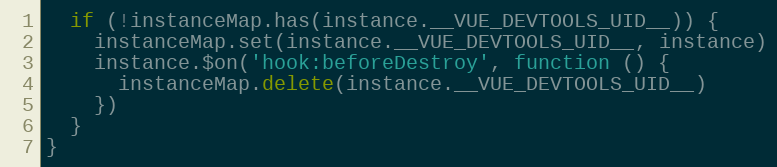
Language: JavaScript
  if (!instanceMap.has(instance.__VUE_DEVTOOLS_UID__)) {
    instanceMap.set(instance.__VUE_DEVTOOLS_UID__, instance)
    instance.$on('hook:beforeDestroy', function () {
      instanceMap.delete(instance.__VUE_DEVTOOLS_UID__)
    })
  }
}